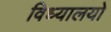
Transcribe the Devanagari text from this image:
विध्यालयो